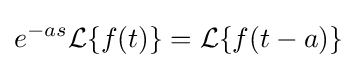
e^{-as}{\mathcal {L}}\{f(t)\}={\mathcal {L}}\{f(t-a)\}